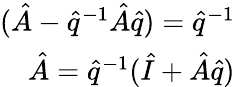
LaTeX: \begin{array}{r}{(\hat{A}-\hat{q}^{-1}\hat{A}\hat{q})=\hat{q}^{-1}}\\ {\hat{A}=\hat{q}^{-1}(\hat{I}+\hat{A}\hat{q})}\end{array}